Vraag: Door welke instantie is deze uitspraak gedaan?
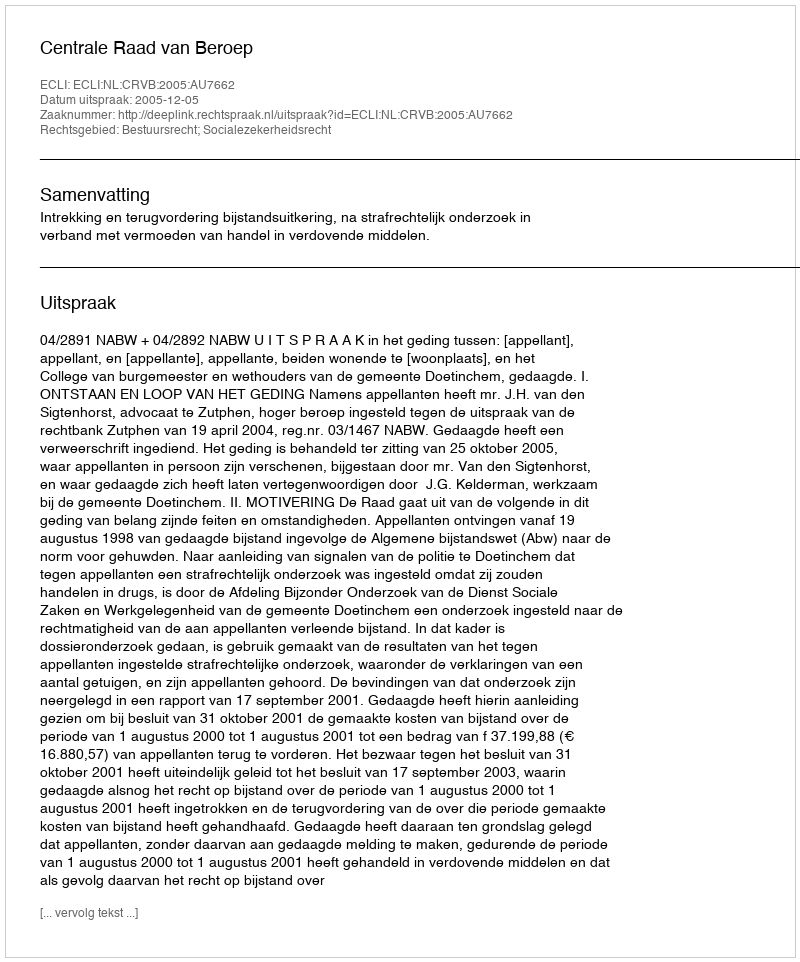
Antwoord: Centrale Raad van Beroep